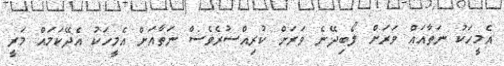
އެމީހަކު ނަތާއައް ވަރަށް ލޯބިދޭނެ ވަރަށް ކުރިއްސުރެވެސް ނަތާއަށް އެމީހަކު އެދޭކަމައް މަރީ